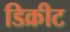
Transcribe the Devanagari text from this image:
डिक्रीट